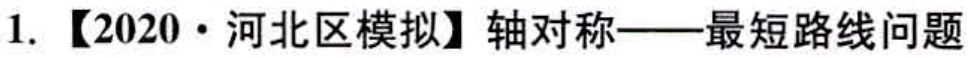
1. 【2020·河北区模拟】轴对称——最短路线问题